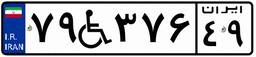
۷۹W۳۷۶۴۹